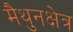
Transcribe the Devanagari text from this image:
मैथुनक्षेत्र